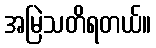
အမြဲသတိရတယ်။